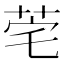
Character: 𬜭